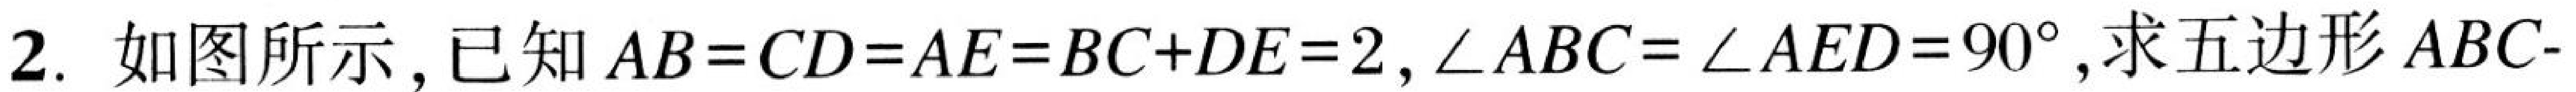
2. 如图所示，已知$AB = CD = AE = BC + DE = 2$，$\angle ABC = \angle AED = 90^{\circ}$，求五边形$ABC$